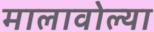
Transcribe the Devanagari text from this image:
मालावोल्या